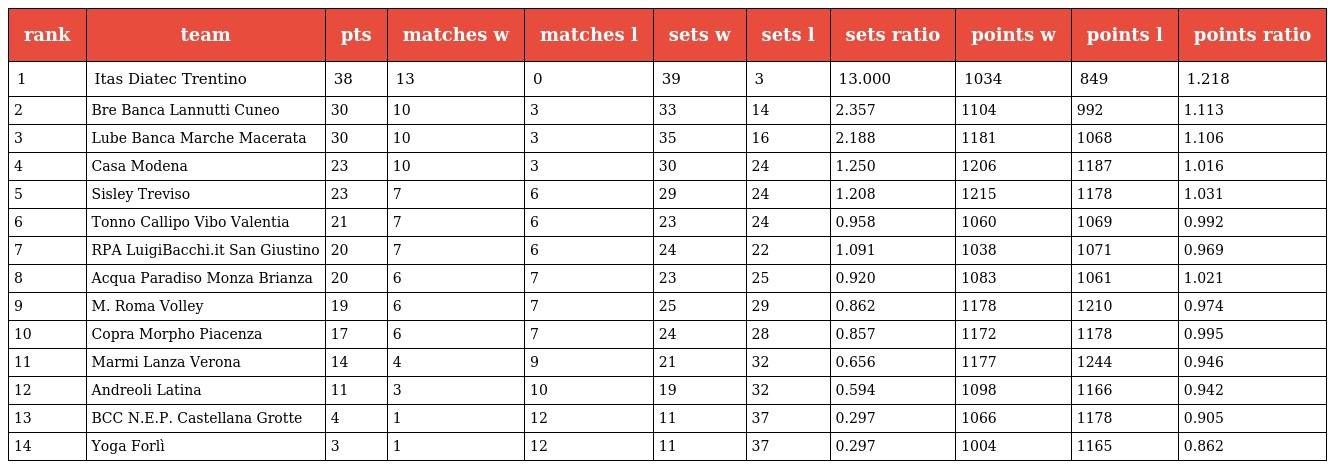
| rank | team | pts | matches w | matches l | sets w | sets l | sets ratio | points w | points l | points ratio |
 | --- | --- | --- | --- | --- | --- | --- | --- | --- | --- | --- |
 | 1 | Itas Diatec Trentino | 38 | 13 | 0 | 39 | 3 | 13.000 | 1034 | 849 | 1.218 |
 | 2 | Bre Banca Lannutti Cuneo | 30 | 10 | 3 | 33 | 14 | 2.357 | 1104 | 992 | 1.113 |
 | 3 | Lube Banca Marche Macerata | 30 | 10 | 3 | 35 | 16 | 2.188 | 1181 | 1068 | 1.106 |
 | 4 | Casa Modena | 23 | 10 | 3 | 30 | 24 | 1.250 | 1206 | 1187 | 1.016 |
 | 5 | Sisley Treviso | 23 | 7 | 6 | 29 | 24 | 1.208 | 1215 | 1178 | 1.031 |
 | 6 | Tonno Callipo Vibo Valentia | 21 | 7 | 6 | 23 | 24 | 0.958 | 1060 | 1069 | 0.992 |
 | 7 | RPA LuigiBacchi.it San Giustino | 20 | 7 | 6 | 24 | 22 | 1.091 | 1038 | 1071 | 0.969 |
 | 8 | Acqua Paradiso Monza Brianza | 20 | 6 | 7 | 23 | 25 | 0.920 | 1083 | 1061 | 1.021 |
 | 9 | M. Roma Volley | 19 | 6 | 7 | 25 | 29 | 0.862 | 1178 | 1210 | 0.974 |
 | 10 | Copra Morpho Piacenza | 17 | 6 | 7 | 24 | 28 | 0.857 | 1172 | 1178 | 0.995 |
 | 11 | Marmi Lanza Verona | 14 | 4 | 9 | 21 | 32 | 0.656 | 1177 | 1244 | 0.946 |
 | 12 | Andreoli Latina | 11 | 3 | 10 | 19 | 32 | 0.594 | 1098 | 1166 | 0.942 |
 | 13 | BCC N.E.P. Castellana Grotte | 4 | 1 | 12 | 11 | 37 | 0.297 | 1066 | 1178 | 0.905 |
 | 14 | Yoga Forlì | 3 | 1 | 12 | 11 | 37 | 0.297 | 1004 | 1165 | 0.862 |